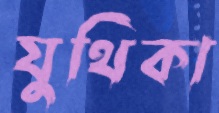
যুথিকা